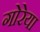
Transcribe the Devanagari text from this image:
गोरेया